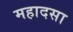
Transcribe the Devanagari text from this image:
महादसा